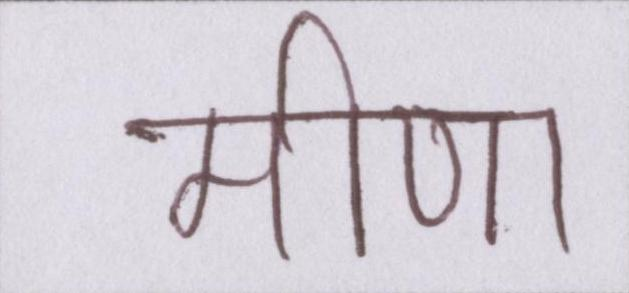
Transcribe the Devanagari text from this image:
मीणा